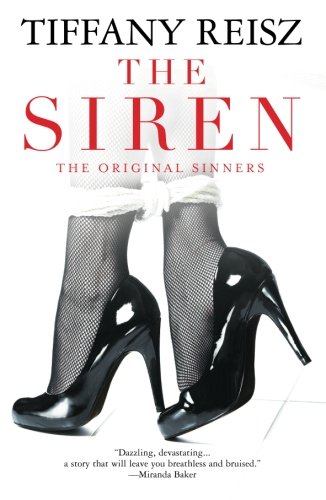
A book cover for The Siren (The Original Sinners); Tiffany Reisz; Romance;